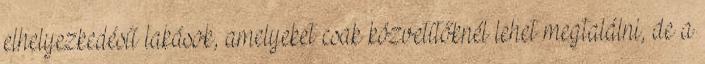
elhelyezkedésű lakások, amelyeket csak közvetítőknél lehet megtalálni, de a